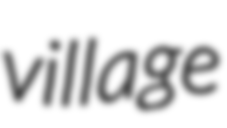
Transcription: village